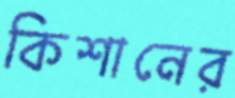
কিশানের